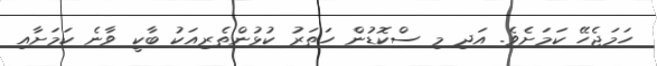
ހަމަޖެހޭ ކަމަށެވެ. އަދި މި ސްކޮޑުން ހަތަރު ކުޅުންތެރިއަކު ބާކީ ވާނެ ކަމަށާއި